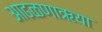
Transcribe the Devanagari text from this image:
आढळणाऋया